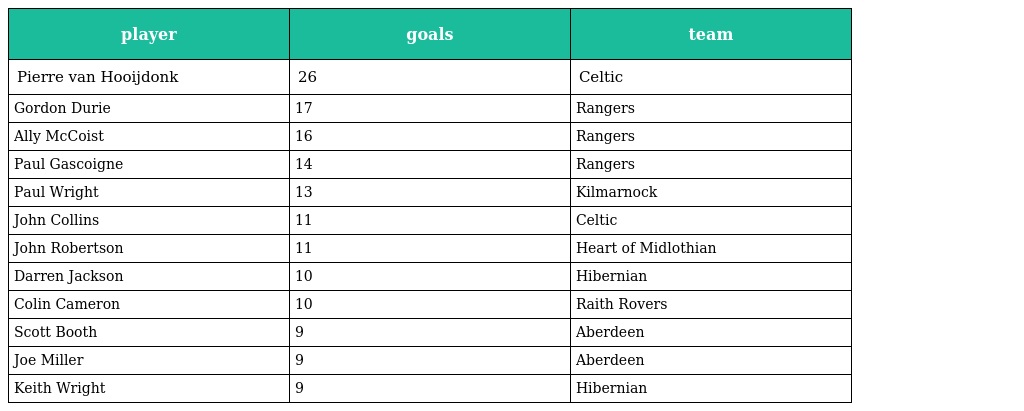
| player | goals | team |
 | --- | --- | --- |
 | Pierre van Hooijdonk | 26 | Celtic |
 | Gordon Durie | 17 | Rangers |
 | Ally McCoist | 16 | Rangers |
 | Paul Gascoigne | 14 | Rangers |
 | Paul Wright | 13 | Kilmarnock |
 | John Collins | 11 | Celtic |
 | John Robertson | 11 | Heart of Midlothian |
 | Darren Jackson | 10 | Hibernian |
 | Colin Cameron | 10 | Raith Rovers |
 | Scott Booth | 9 | Aberdeen |
 | Joe Miller | 9 | Aberdeen |
 | Keith Wright | 9 | Hibernian |